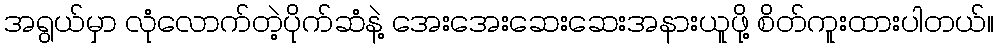
အရွယ်မှာ လုံလောက်တဲ့ပိုက်ဆံနဲ့ အေးအေးဆေးဆေးအနားယူဖို့ စိတ်ကူးထားပါတယ်။